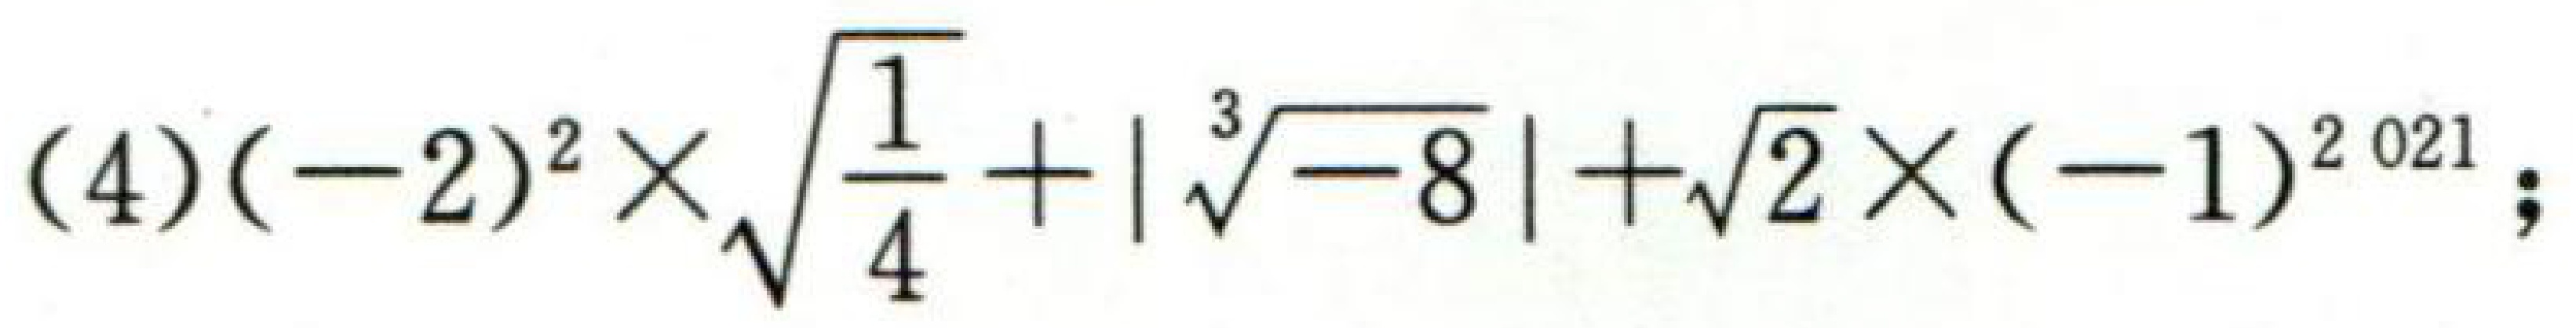
\((4)(-2)^{2}\times\sqrt{\frac{1}{4}}+\vert\sqrt[3]{-8}\vert+\sqrt{2}\times(-1)^{2021}\)